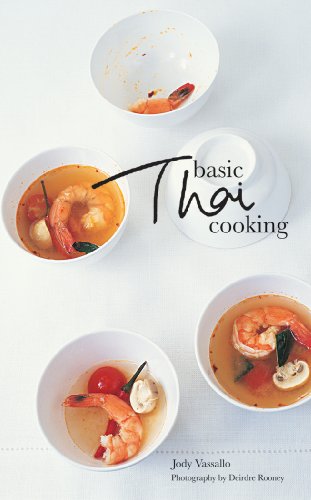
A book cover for Basic Thai Cooking; Jody Vassallo; Cookbooks, Food & Wine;